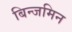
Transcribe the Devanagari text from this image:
बिन्जमिन